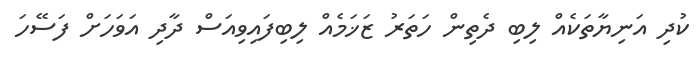
ކުދި އަނިޔާތަކެއް ލިބި ދެތިން ހަތަރު ޒަޚަމެއް ލިބިފައިވިއަސް ދާދި އަވަހަށް ފަސޭހަ